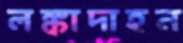
লঙ্কাদাহন